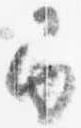
巻